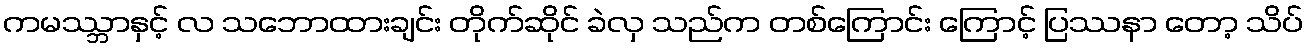
ကမဿ္ဘာနှင့် လ သဘောထားချင်း တိုက်ဆိုင် ခဲလှ သည်က တစ်ကြောင်း ကြောင့် ပြဿနာ တော့ သိပ်